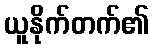
ယူနိုက်တက်၏